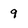
Character: 9